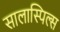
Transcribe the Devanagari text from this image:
सालास्पिल्स